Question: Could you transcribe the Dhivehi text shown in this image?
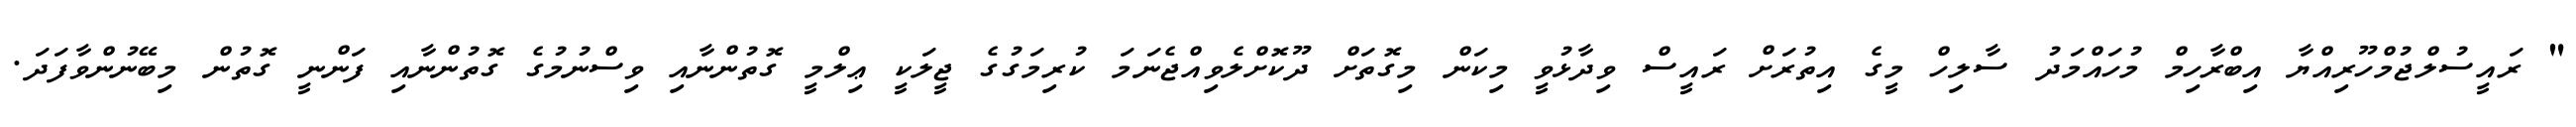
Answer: " ރައީސުލްޖުމްހޫރިއްޔާ އިބްރާހިމް މުހައްމަދު ސާލިހް މީގެ އިތުރަށް ރައީސް ވިދާޅުވީ މިކަން މިގޮތަށް ދޫކޮށްލެވިއްޖެނަމަ ކުރިމަގުގެ ޖީލަކީ ޢިލްމީ ގޮތުންނާއި ވިސްނުމުގެ ގޮތުންނާއި ފަންނީ ގޮތުން މިބޭނުންވާފަދަ.